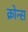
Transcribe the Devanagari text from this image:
क्रोन्स